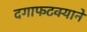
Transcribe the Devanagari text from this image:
दगाफटक्याने